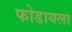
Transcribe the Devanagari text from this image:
फोडायला